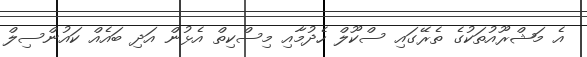
އެ މަޝްރޫއުތަކުގެ ތެރޭގައި ސްކޫލް ހެދުމާއި މިސްކިތް އެޅުން އަދި ބައެއް ކައުންސިލް